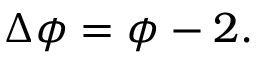
\Delta \phi = \phi - 2 .